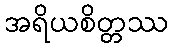
အရိယစိတ္တဿ